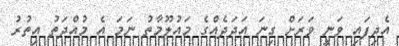
އެދިފައި ވަނީ ވަރަށް ގިނަ އަދަދެއްގެ މައުލޫމާތު ނަމަ އެ މުއްދަތު އިތުރު